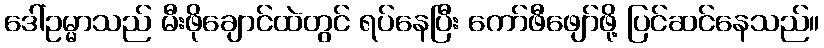
ဒေါ်ဥမ္မာသည် မီးဖိုချောင်ထဲတွင် ရပ်နေပြီး ကော်ဖီဖျော်ဖို့ ပြင်ဆင်နေသည်။